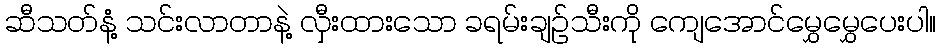
ဆီသတ်နံ့ သင်းလာတာနဲ့ လှီးထားသော ခရမ်းချဉ်သီးကို ကျေအောင်မွှေမွှေပေးပါ။